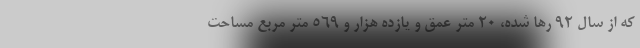
که از سال ۹۲ رها شده، ۲۰ متر عمق و یازده هزار و ۵۶۹ متر مربع مساحت